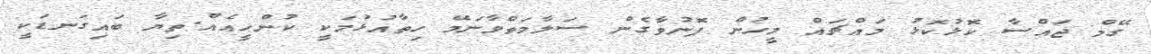
ގޭމް ޖައްސާ ކޮޅުކޮޅު މައްޗައް މީހުން ފޮނުވާގެން ސަލާމަތްވާނަމޭ ހިތާއުޅުމަކީ ކުންހީއެއް.ތިޔާ ބައިގަނޑަކީ